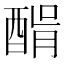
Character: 𨡠